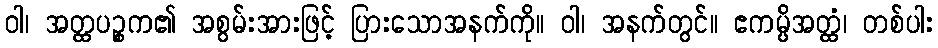
ဝါ၊ အတ္ထပဉ္စက၏ အစွမ်းအားဖြင့် ပြားသောအနက်ကို။ ဝါ၊ အနက်တွင်။ ဧကမ္ပိအတ္ထံ၊ တစ်ပါး